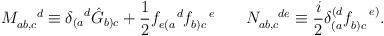
LaTeX: \begin{align*}M_{ab,c}^{\hspace{.18in}d}\equiv {\delta_{(a}}^d\hat{G}_{b)c}+\frac{1}{2}f_{e(a}^{\ \ \ d}f_{b)c}^{\ \ \ e} \hspace{.3in} N_{ab,c}^{\hspace{.18in}de}\equiv\frac{i}{2}\delta_{(a}^{(d}f_{b)c}^{\ \ \ e)}.\end{align*}